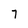
Character: 7